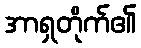
အာရှတိုက်၏